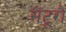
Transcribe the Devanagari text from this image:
सेंटूरौं